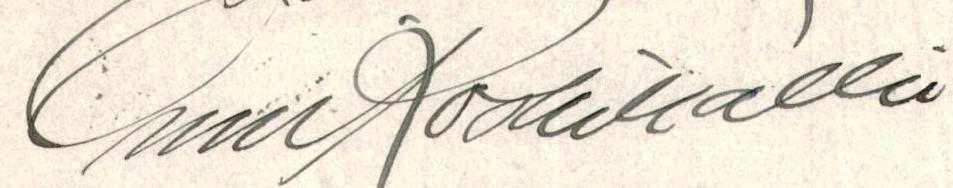
Onni Koskikallio